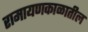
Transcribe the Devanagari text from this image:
रामायणकाळातील